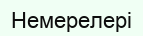
Немерелері